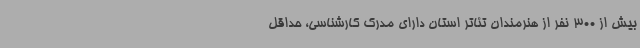
بیش از 300 نفر از هنرمندان تئاتر استان دارای مدرک کارشناسی، حداقل